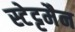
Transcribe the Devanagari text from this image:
स्टेट्टमैन